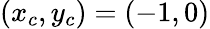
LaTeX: \left(x_{c},y_{c}\right)=\left(-1,0\right)